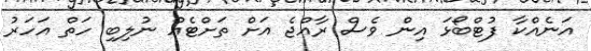
އަނެއްކާ ފުޓްބޯޅަ އިން ވެސް ރާއްޖެ އަށް ތަށްޓެއް ނުލިބި ހަތް އަހަރު